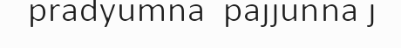
pradyumna  pajjunna j